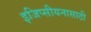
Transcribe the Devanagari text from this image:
इजिप्सीयनासाठी